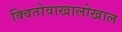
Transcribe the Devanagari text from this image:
क्वितोवाखालोखाल